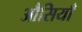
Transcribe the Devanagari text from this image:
औसियाँ